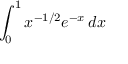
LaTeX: \int _ { 0 } ^ { 1 } x ^ { - 1 / 2 } e ^ { - x } \, d x